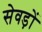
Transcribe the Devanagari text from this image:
सेवड़ों